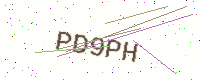
Text: PD9PH